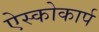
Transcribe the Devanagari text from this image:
ऐस्कोकार्प